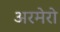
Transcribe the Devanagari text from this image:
अरमेरो